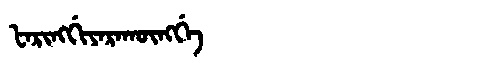
Manchu: ᡶᠠᡵᡳᠩᡤᡳᠶᠠᡵᠠᡴᡡᠩᡤᡝ
Romanization: FARINGGIYARAKŪNGGE